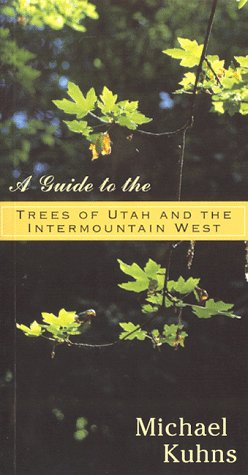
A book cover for Guide To The Trees Of Utah; Michael Kuhns; Crafts, Hobbies & Home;